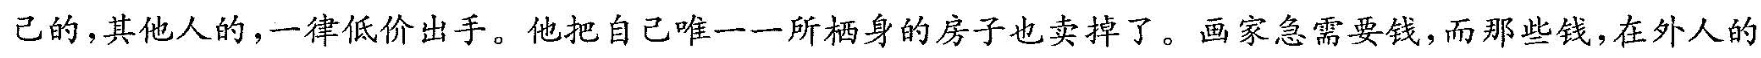
己的，其他人的，一律低价出手。他把自己唯一一所栖身的房子也卖掉了。画家急需要钱，而那些钱，在外人的